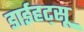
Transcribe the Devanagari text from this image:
डाईहट्सू